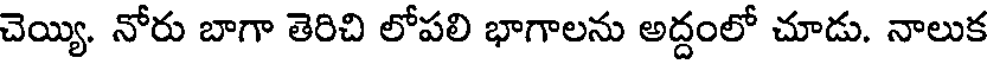
చెయ్యి. నోరు బాగా తెరిచి లోపలి భాగాలను అద్దంలో చూడు. నాలుక